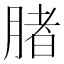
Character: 䐗